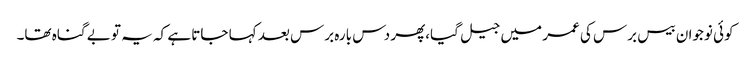
کوئی نوجوان بیس برس کی عمر میں جیل گیا،پھر دس بارہ برس بعد کہا جاتا ہے کہ یہ تو بے گناہ تھا۔